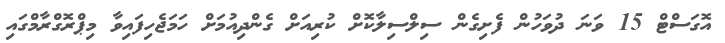
އޮގަސްޓް 15 ވަނަ ދުވަހުން ފެށިގެން ސިލްސިލާކޮށް ކުރިއަށް ގެންދިއުމަށް ހަމަޖެހިފައިވާ މިޕްރޮގްރާމްގައި